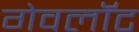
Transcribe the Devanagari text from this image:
गेवलॉट